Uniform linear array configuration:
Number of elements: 32
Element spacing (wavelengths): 0.75
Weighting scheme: blackman
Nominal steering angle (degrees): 45
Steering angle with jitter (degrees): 46.447
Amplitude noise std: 0.05
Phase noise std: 0.05

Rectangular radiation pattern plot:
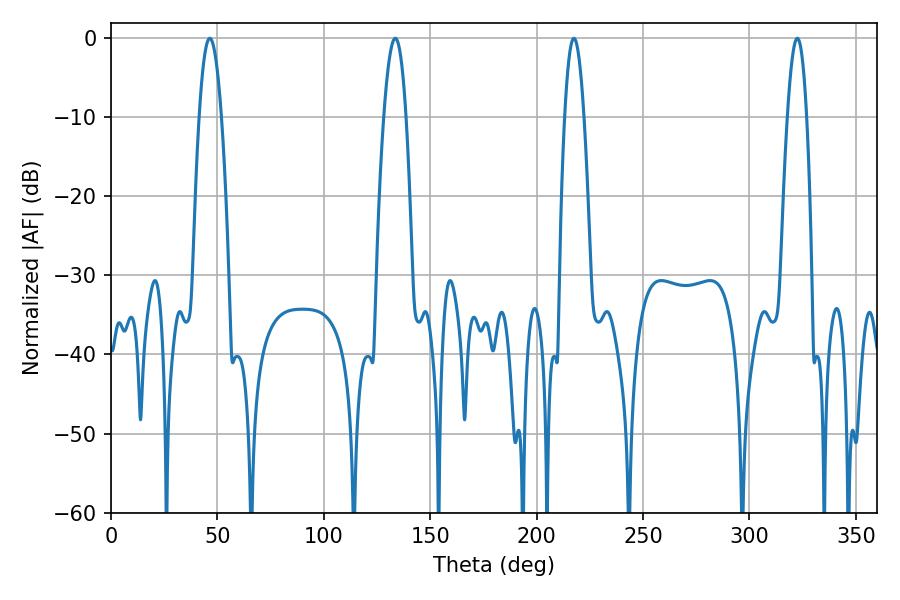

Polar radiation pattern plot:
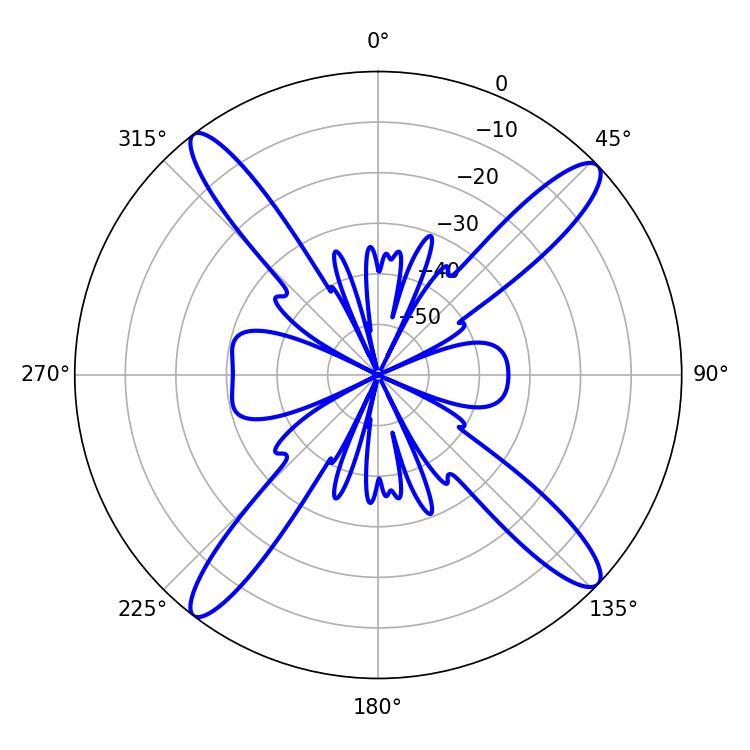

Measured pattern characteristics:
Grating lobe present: TRUE
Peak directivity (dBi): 16.77
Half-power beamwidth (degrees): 5.76
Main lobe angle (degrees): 46.44